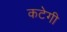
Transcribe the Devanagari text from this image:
कटेगी